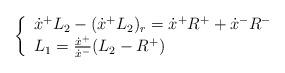
LaTeX: \begin{align*}\quad\quad\quad\left\{ \begin{array}{l}\dot x^{+}L_{2}-(\dot x^{+}L_{2})_{r}=\dot x^{+}R^{+}+\dot x^{-}R^{-}\\L_{1}={{\dot x^{+}}\over{\dot x^{-}}}(L_{2}-R^{+})\end{array}\right.\end{align*}